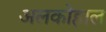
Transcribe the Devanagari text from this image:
अलकोहाल